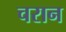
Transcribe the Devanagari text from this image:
चरान